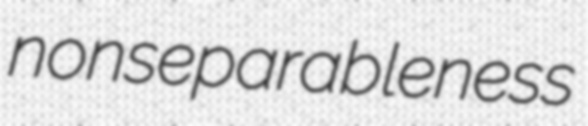
nonseparableness